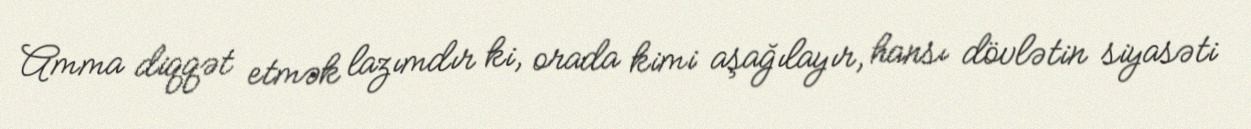
Amma diqqət etmək lazımdır ki, orada kimi aşağılayır, hansı dövlətin siyasəti